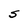
Character: S